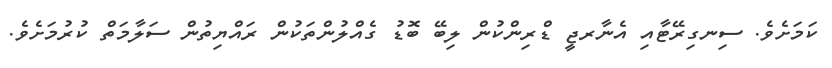
ކަމަށެވެ. ސިނގިރޭޓާއި އެނާރޖީ ޑްރިންކުން ލިބޭ ބޮޑު ގެއްލުންތަކުން ރައްޔިތުން ސަލާމަތް ކުރުމަށެވެ.